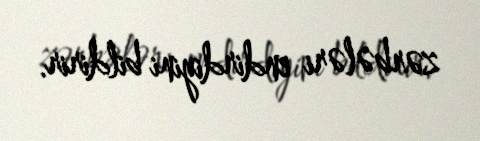
zərbələri endirdiyini bildirir.